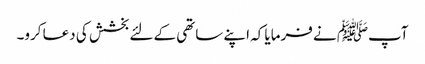
آپﷺ نے فرمایا کہ اپنے ساتھی کے لئے بخشش کی دعا کرو۔